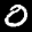
Label: 0